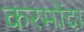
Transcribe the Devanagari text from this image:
करमोंदा